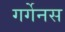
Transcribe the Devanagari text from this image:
गर्गेनस